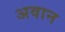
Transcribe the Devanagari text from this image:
अवान